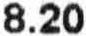
8.20